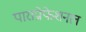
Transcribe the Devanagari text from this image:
पाराप्रोफेशनल